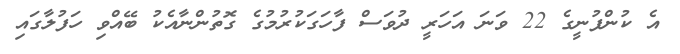
އެ ކުންފުނީގެ 22 ވަނަ އަހަރީ ދުވަސް ފާހަގަކުރުމުގެ ގޮތުންނާއެކު ބޭއްވި ހަފުލާގައި